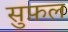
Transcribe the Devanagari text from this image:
सुफ़ल